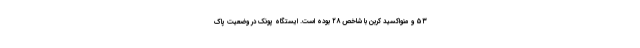
۵۳ و منواکسید کربن با شاخص ۲۸ بوده است. ایستگاه پونک در وضعیت پاک